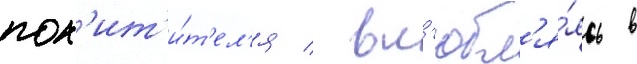
пох'ит'и́т'ел'я / вл'юбл'я́ясь в